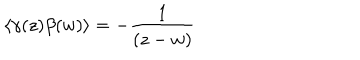
\left\langle \gamma ( z ) \beta ( w ) \right\rangle = - \frac 1 { ( z - w ) }